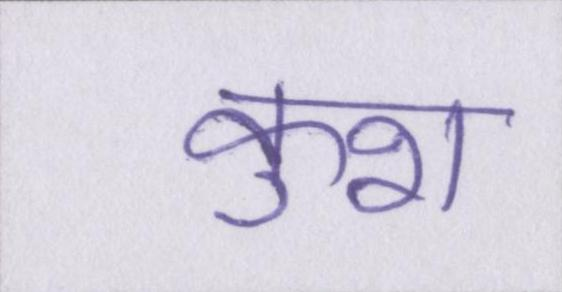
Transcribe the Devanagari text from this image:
कुश